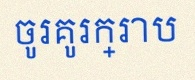
ចូរគូរក្រាប